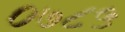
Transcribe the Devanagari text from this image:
०७८५